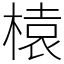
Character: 榬